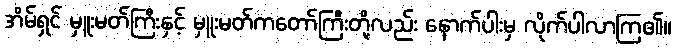
အိမ်ရှင် မှူးမတ်ကြီးနှင့် မှူးမတ်ကတော်ကြီးတို့လည်း နောက်ပါးမှ လိုက်ပါလာကြ၏။